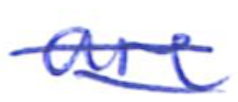
Text: are
Cross-out: double-line
Writing tool: ballpoint